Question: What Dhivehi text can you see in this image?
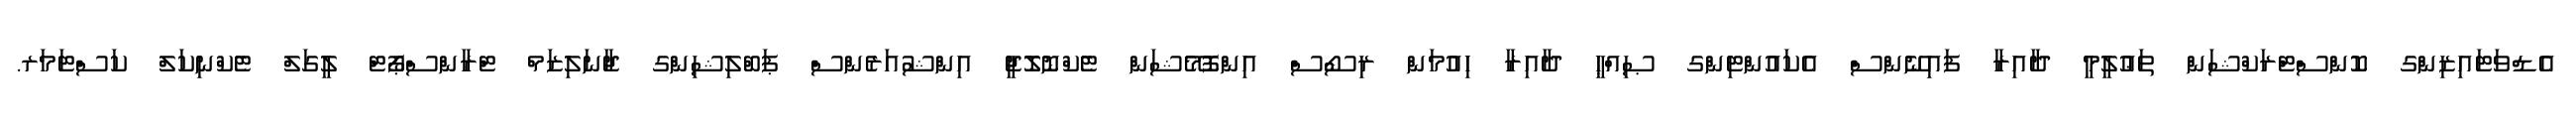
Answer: އެޑްވަޓައިޒިންގ ކޮންސްޓްރަކްޝަން ތަޢުލީމީ ދާއިރާ ފައިނޭންސް އެކައުންޓިންގ ޞިއްޙީ ދާއިރާ ހިއުމަން ރިސޯސް އިންފޮމޭޝަން ޓެކްނޮލޮޖީ އިންޝުއަރެންސް ޕަބްލިޝިންގ ޖާނަލިޒަމް ޓްރާންސްޕޯޓް ލީގަލް ޓެކްނިކަލް ކަސްޓަމަރ.